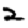
Digit: 2